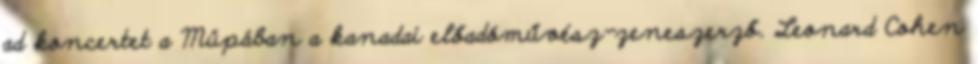
ad koncertet a Müpában a kanadai előadóművész-zeneszerző. Leonard Cohen